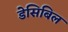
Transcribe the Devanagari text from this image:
डेसिबिल